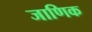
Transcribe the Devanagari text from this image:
जाणिक